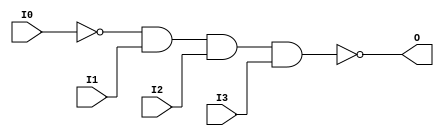

/*

FUNCTION	: 4-INPUT NAND GATE

*/

`timescale  100 ps / 10 ps

`celldefine

module NAND4B1 (O, I0, I1, I2, I3);


    output O;

    input  I0, I1, I2, I3;

    not N0 (i0_inv, I0);
    nand A1 (O, i0_inv, I1, I2, I3);

    specify
	(I0 *> O) = (0, 0);
	(I1 *> O) = (0, 0);
	(I2 *> O) = (0, 0);
	(I3 *> O) = (0, 0);
    endspecify

endmodule

`endcelldefine